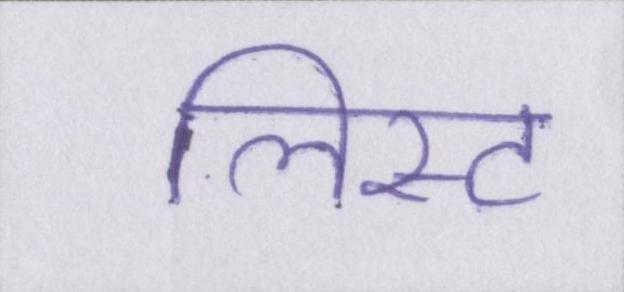
लिस्ट